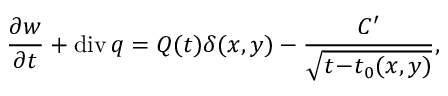
\frac { \partial w } { \partial t } + \mathrm { d i v } \, \boldsymbol { q } = Q ( t ) \delta ( x , y ) - \frac { C ^ { \prime } } { \sqrt { t \! - \! t _ { 0 } ( x , y ) } } ,